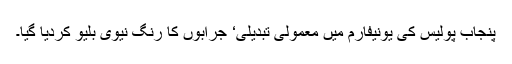
پنجاب پولیس کی یونیفارم میں معمولی تبدیلی‘ جرابوں کا رنگ نیوی بلیو کردیا گیا۔